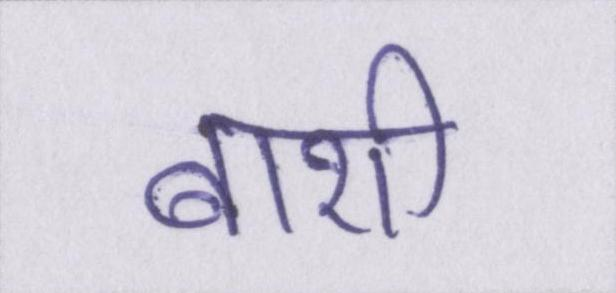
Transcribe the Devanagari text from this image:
बाशी